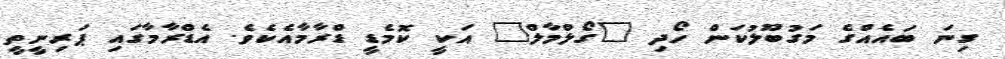
ގިނަ ބައެއްގެ މަގުބޫލުކަން ހޯދި "ގޯލްމާލް" އަކީ ކޮމެޑީ ޑްރާމާއެކެވެ. އެޑްރާމާގައި ޕަރިނީތީ